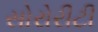
સોરોરીટી